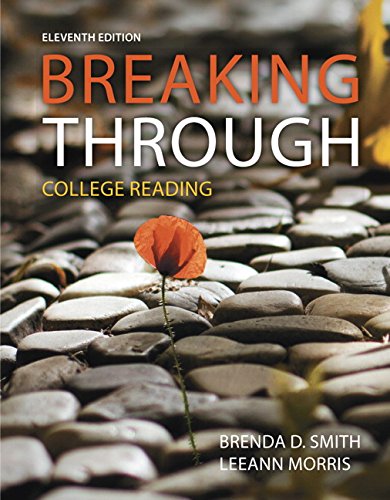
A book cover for Breaking Through: College Reading (11th Edition); Brenda D. Smith; Reference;